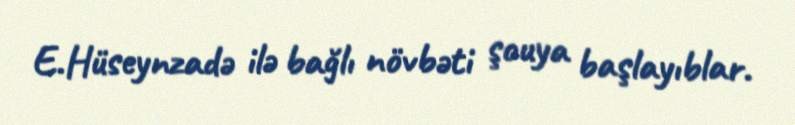
E.Hüseynzadə ilə bağlı növbəti şouya başlayıblar.